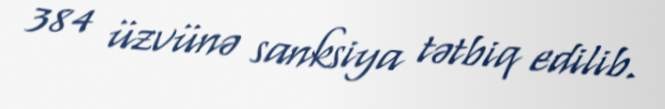
384 üzvünə sanksiya tətbiq edilib.